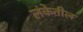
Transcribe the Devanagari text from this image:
लंकेतील